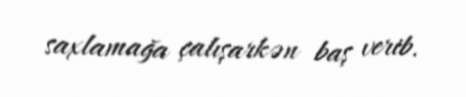
saxlamağa çalışarkən baş verib.